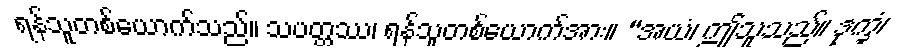
ရန်သူတစ်ယောက်သည်။ သပတ္တဿ၊ ရန်သူတစ်ယောက်အား။ “အယံ၊ ဤသူသည်။ ဒုက္ခံ၊